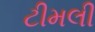
ટીમલી